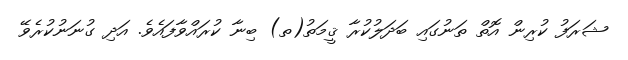
ޝަރަފު ކުރިން އޮތް ތަނުގައި ބަދަލުކުރާ ޤީމަތު(ތ) ބިނާ ކުރައްވާފައެވެ. އަދި ގުނަނުކުރެވޭ